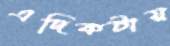
এদিকটায়